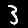
Digit: 3